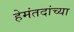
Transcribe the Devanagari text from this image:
हेमंतदांच्या